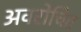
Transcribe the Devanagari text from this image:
अवरोचित